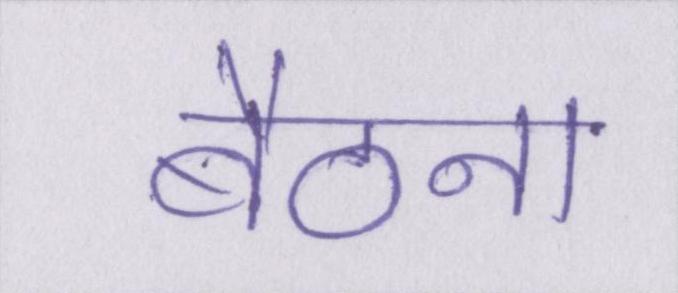
बैठना